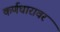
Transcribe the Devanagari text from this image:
कर्णधारावर